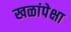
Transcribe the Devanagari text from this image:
खळांपेक्षा